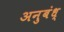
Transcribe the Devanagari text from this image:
अनुबंध्